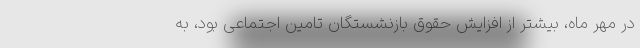
در مهر ماه، بیشتر از افزایش حقوق بازنشستگان تامین اجتماعی بود، به